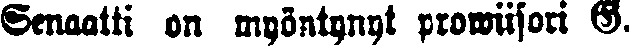
Senaatti on myöntynyt prowiisori G.